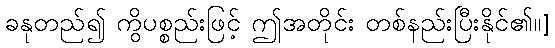
ခနုတည်၍ ကွိပစ္စည်းဖြင့် ဤအတိုင်း တစ်နည်းပြီးနိုင်၏၊၊]